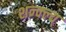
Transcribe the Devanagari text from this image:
शन्क्ल्य्